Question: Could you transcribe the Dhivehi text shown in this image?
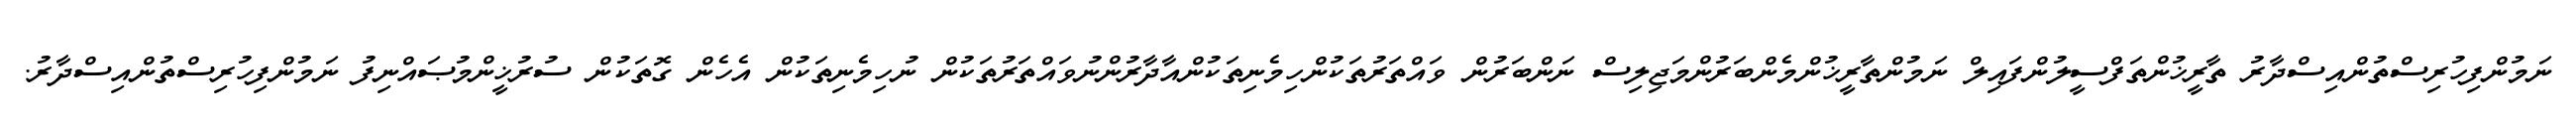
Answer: ނަމުންފިހުރިސްތުންއިސްދާރު ތާރީޚުންތަފްސީލުންފައިލް ނަމުންތާރީޚުންމެންބަރުންމަޖިލިސް ނަންބަރުން ވައްތަރުތަކުންހިމެނިތަކުންއާދާރުންނުވައްތަރުތަކުން ނުހިމެނިތަކުން އެހެން ގޮތަކުން ސުރުޚީންމުޞައްނިފު ނަމުންފިހުރިސްތުންއިސްދާރު.